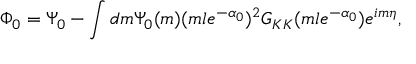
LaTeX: \Phi _ { 0 } = \Psi _ { 0 } - \int d m \Psi _ { 0 } ( m ) ( m l e ^ { - \alpha _ { 0 } } ) ^ { 2 } G _ { K K } ( m l e ^ { - \alpha _ { 0 } } ) e ^ { i m \eta } ,